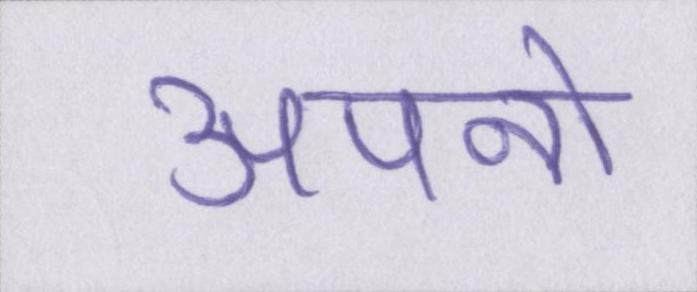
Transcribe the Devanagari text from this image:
अपनो